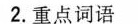
2.重点词语